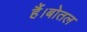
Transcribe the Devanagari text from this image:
हैं।बोतल